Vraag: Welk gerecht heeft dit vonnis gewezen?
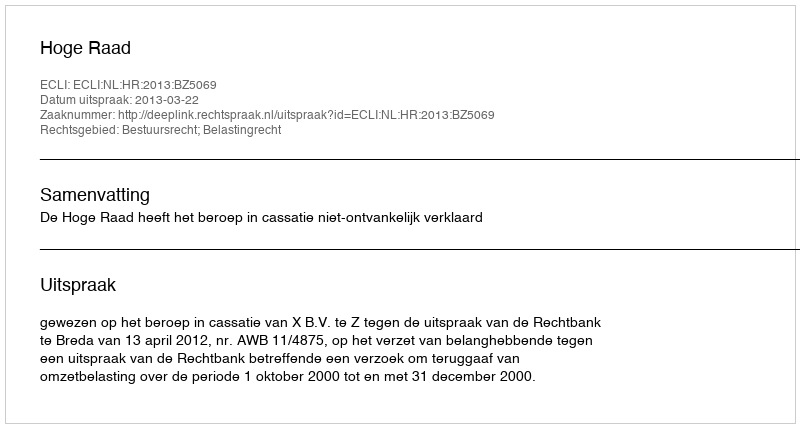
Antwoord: Hoge Raad